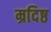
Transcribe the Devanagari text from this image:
म्रदिष्ठ